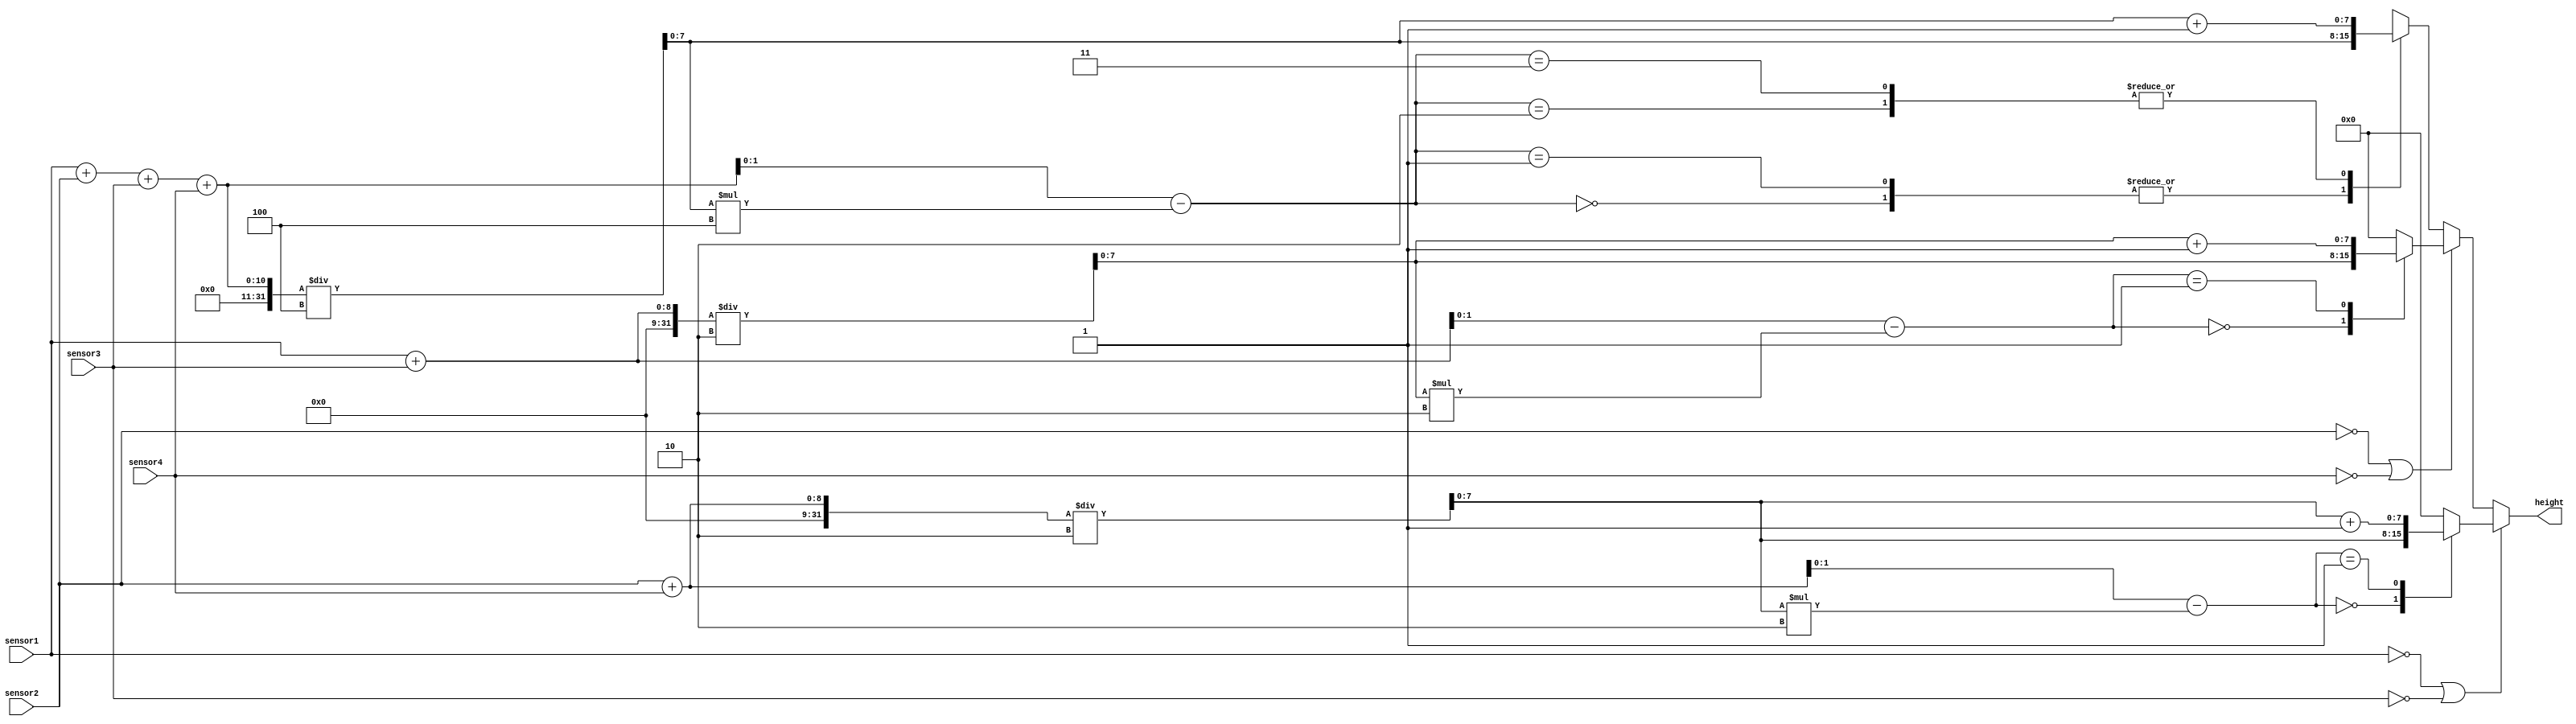
`timescale 1ns / 1ps
//////////////////////////////////////////////////////////////////////////////////
// Company: 
// Engineer: 
// 
// Design Name: 
// Module Name:    sensors_input 
// Project Name: 
// Target Devices: 
// Tool versions: 
// Description: 
//
// Dependencies: 
//
// Revision: 
// Revision 0.01 - File Created
// Additional Comments: 
//
//////////////////////////////////////////////////////////////////////////////////
 module sensors_input(
	output [7:0] height,
   input [7:0] sensor1,
   input [7:0] sensor2,
   input [7:0] sensor3,
   input [7:0] sensor4
	);

	reg [7:0] medie;
	reg [7:0] cat;
	reg [1:0] rest;
	
	always @(*) begin
		
		//Daca unul sau ambii senzori din perechea 1-3 este/sunt 0
		if (sensor1 == 8'b0 || sensor3 == 8'b0) begin
			cat = (sensor2 + sensor4) / 2;
			rest = (sensor2 + sensor4) - cat * 2 ;
			case (rest)
				'b0: medie = cat; // rest 0 inseamna 0
				'b1: medie = cat + 1; //rest 1 inseamna 0.5, trebuie aproximat
				default: medie = 0; 
			endcase
		
		//Daca unul sau ambii senzori din perechea 2-4 este/sunt 0
		end else if (sensor2 == 8'b0 || sensor4 == 8'b0) begin
			cat = (sensor1 + sensor3) / 2;
			rest = (sensor1 + sensor3) - cat * 2 ;
			case (rest)
				'b0: medie = cat; // rest 0 inseamna 0
				'b1: medie = cat + 1; // rest 1 inseamna 0.5, trebuie aproximat
				default: medie = 0; 
			endcase
		
		//Daca toti cei patru senzori au valoare nenula
		end else begin
			cat = (sensor1 + sensor2 + sensor3 + sensor4) / 4;
			rest = (sensor1 + sensor2 + sensor3 + sensor4) - cat * 4;	
			case (rest)
				'b0: medie = cat; // rest 0 inseamna 0
				'b1: medie = cat; // rest 1 inseamna 0.25
				'b10: medie = cat + 1; // rest 2 inseamna 0.5, trebuie aproximat
				'b11: medie = cat + 1; // rest 3 inseamna 0.75, trebuie aproximat
				default: medie = 0; 
			endcase
		end
	end
	
	//Atribuire continua pentru output
	assign height = medie;

endmodule